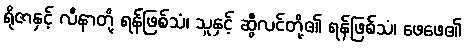
ရိုဇာနှင့် လီနာတို့ ရန်ဖြစ်သံ၊ သူနှင့် ဆွီလင်တို့၏ ရန်ဖြစ်သံ၊ ဖေဖေ၏